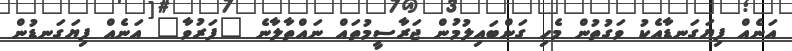
އަނެއް ފިޔަގަނޑާއެކު ވަގުތުން މެހި ގަންބައިލުމުން ޖަރާސީމުތައް ނައްތާލާނެ "ފަރުވާ" އަނެއް ފިޔަގަނޑުން